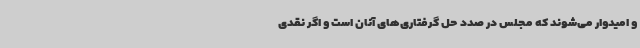
و امیدوار می‌شوند که مجلس در صدد حل گرفتاری‌های آنان است و اگر نقدی